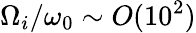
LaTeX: \Omega_{i}/\omega_{0}\sim O(10^{2})